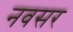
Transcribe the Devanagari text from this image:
नवसर